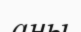
аны